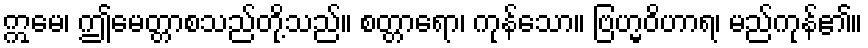
ဣမေ၊ ဤမေတ္တာစသည်တို့သည်။ စတ္တာရော၊ ကုန်သော။ ဗြဟ္မဝိဟာရ၊ မည်ကုန်၏။